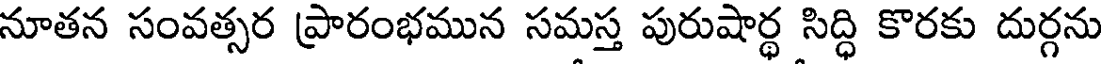
నూతన సంవత్సర ప్రారంభమున సమస్త పురుషార్థ సిద్ధి కొరకు దుర్గను